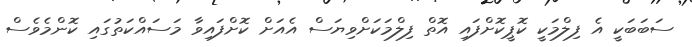
ސަބަބަކީ އެ ފިލްމަކީ ކޮޕީކޮށްފައި އޮތް ފިލްމަކަށްވިޔަސް އެއަށް ކޮށްފައިވާ މަސައްކަތުގައި ކޮންމެވެސް